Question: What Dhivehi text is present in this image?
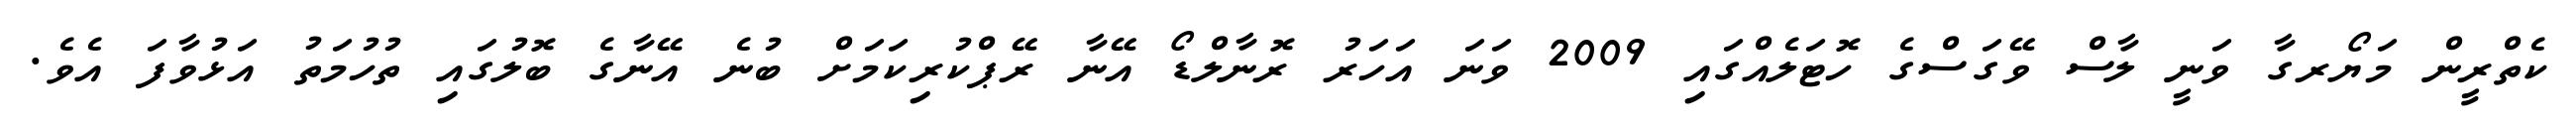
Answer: ކެތްރީން މަޔޯރގާ ވަނީ ލާސް ވޭގަސްގެ ހޮޓަލެއްގައި 2009 ވަނަ އަހަރު ރޮނާލްޑޯ އޭނާ ރޭޕްކުރިކަމަށް ބުނެ އޭނާގެ ބޮލުގައި ތުހުމަތު އަޅުވާފަ އެވެ.